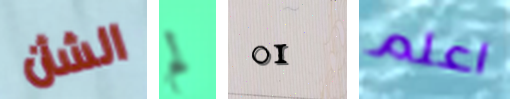
الشأن لم 01 اعلم